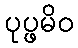
ပုပ္ဖမိဝ